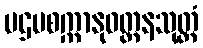
ပဌမစက္ကာနုဝတ္တနသုတ္တံ